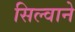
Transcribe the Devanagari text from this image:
सिल्वाने